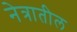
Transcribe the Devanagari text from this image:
नेत्रातील